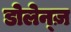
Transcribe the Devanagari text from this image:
डोलेन्ज़